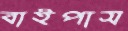
বাইপাস